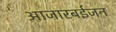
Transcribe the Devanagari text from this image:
आजारबईजन